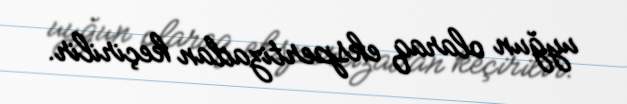
uyğun olaraq ekspertizadan keçirilir.